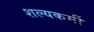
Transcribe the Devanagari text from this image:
शल्यकर्मी